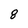
Character: 8